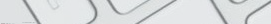
محلات ملابس رياضية للمحتر